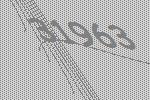
31963